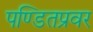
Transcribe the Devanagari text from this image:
पण्डितप्रवर